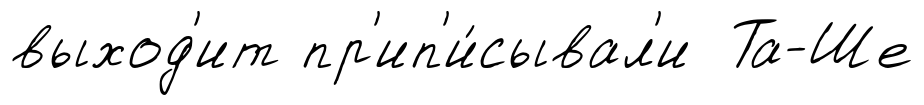
выход'ит пр'ип'и́сывал'и Та-Ше